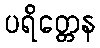
ပရိတ္တေန